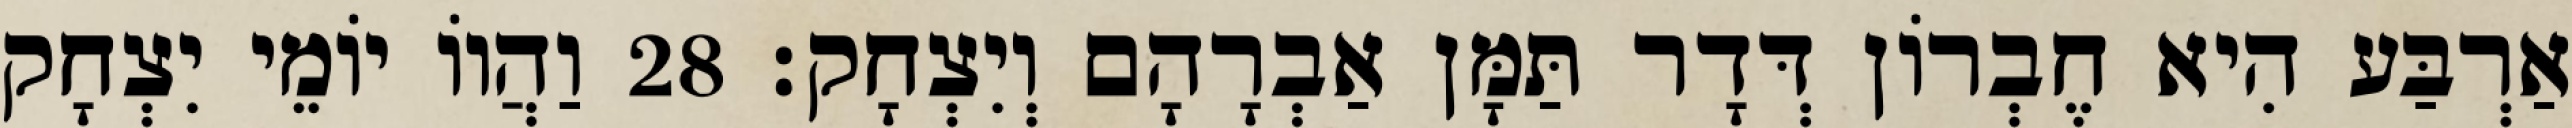
אַרְבַּע הִיא חֶבְרוֹן דְּדָר תַּמָּן אַבְרָהָם וְיִצְחָק׃ 28 וַהֲווֹ יוֹמֵי יִצְחָק